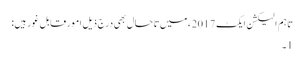
تاہم الیکشن ایکٹ 2017ء میں تاحال بھی درج ذیل امور قابل غور ہیں:
1۔